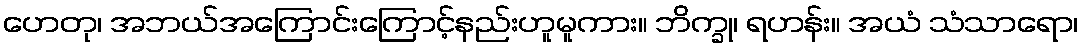
ဟေတု၊ အဘယ်အကြောင်းကြောင့်နည်းဟူမူကား။ ဘိက္ခု၊ ရဟန်း။ အယံ သံသာရော၊